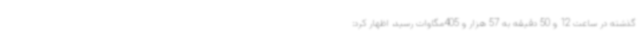
گذشته در ساعت 12 و 50 دقیقه به 57 هزار و 405مگاوات رسید، اظهار کرد: